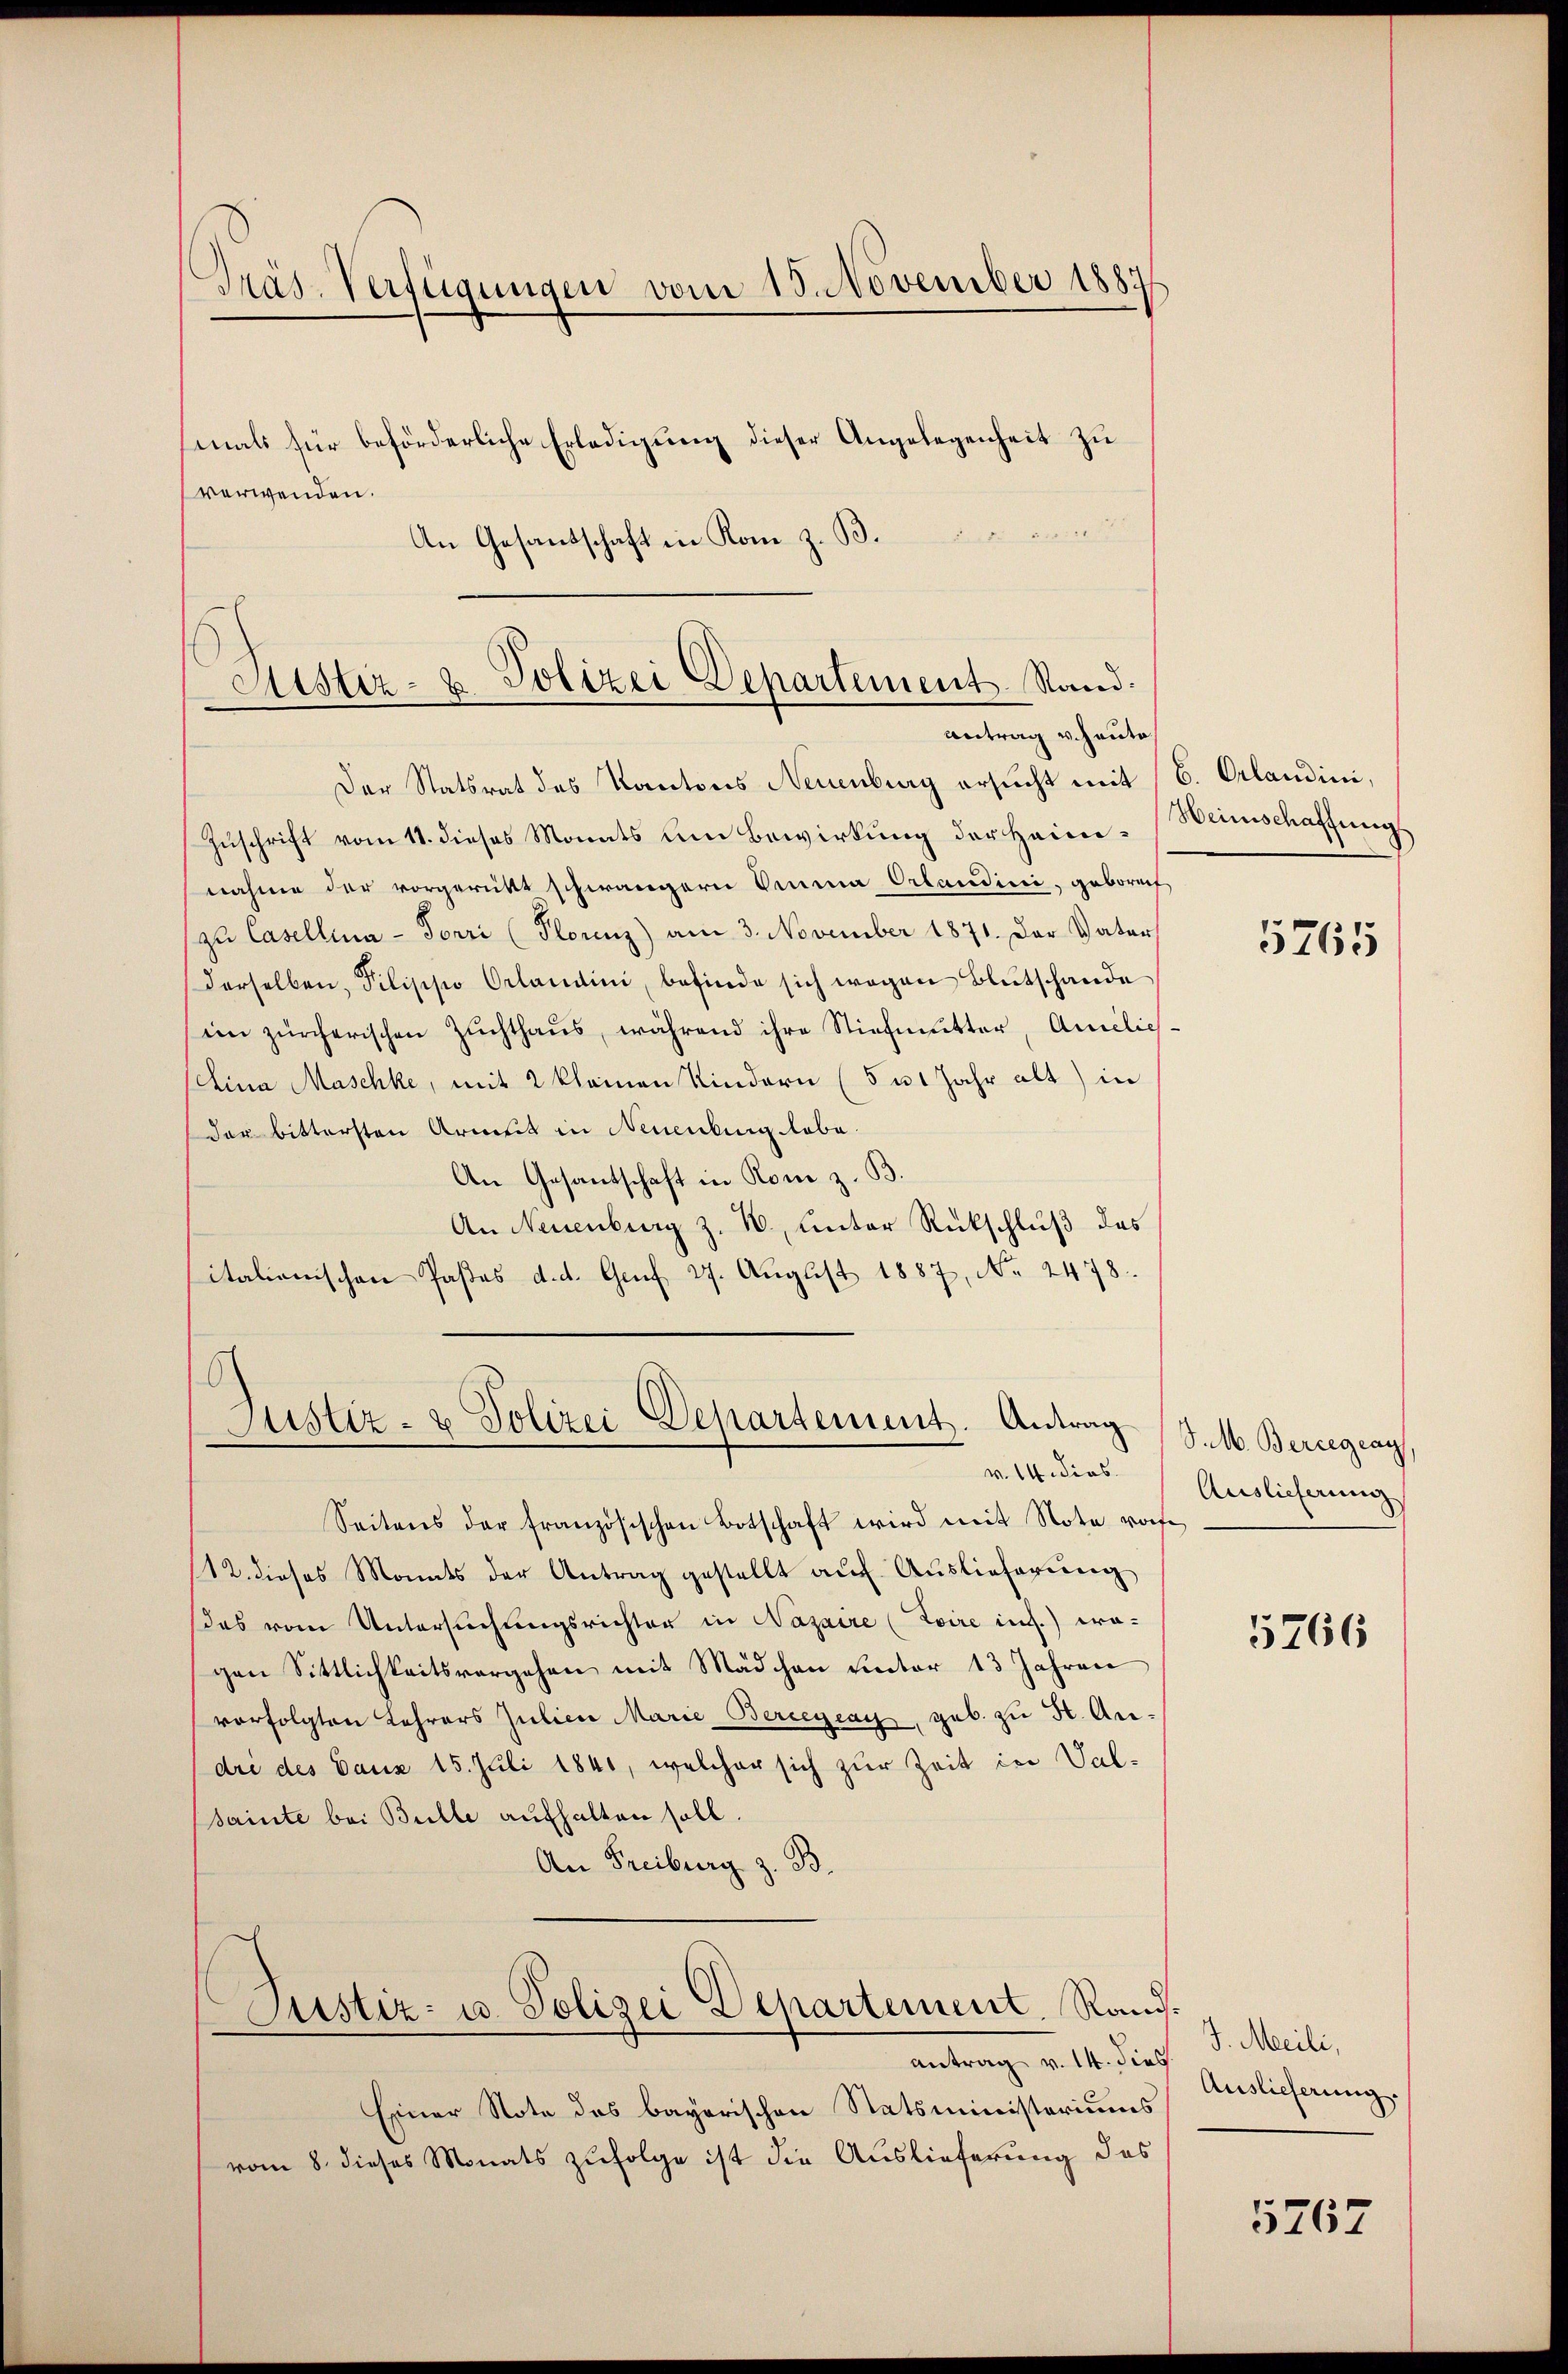
Präs. Verfügungen vom 15. November 1887

mals für beförderliche Erledigung dieser Angelegenheit zu
verwenden.
:
An Gesandschaft in Kom z. B.

Sistiz- & Polizei Departement. Stand.
Antrag v. Hauto

Der Statsrat des Kantons Neuenburg ersucht mit 16. Orlandini,
Zuschrift vom 11. dieses Monats um Bewirkung der Heim-Bamschaffung
nahme der vorgerückt schwängern Omina Orlandici, geboref
zu Casellina - Forri (Plorenz) am 3. November 1871. Der Vater
derselben, Pilippo Orlandini, befinde sich wegen Blutschande
im zürcherischen Zuchthaus, während ihre Stiefmutter, Amelichschina Maschke, mit 2 kleinen Kindern (5 u 1 Jahr alt) in
der bittersten Armet in Neuenburg labe.
An Gesantschaft in Rom z. B.
An Neuenburg z. B., unter Rückschluß des
italienischen Paßes d. d. Genf 27. August 1887, No. 2478.

Justiz- & Polizei-Departement. Antrag
v. 14. dies

Justiz- u. Polizei Departement. Rand¬
.
antrag v. 14. dies

Seitens der französischen Botschaft wird mit Note von
12. dieses Monats der Antrag gestellt auf Auslieferung
das vom Untersuchungsrichter in Nasaire (Zoire ins.) wa-
gen Sittlichkeitsvergehen mit Mädchen unter 13 Jahren
vorfolgten Lehrers Julier Marie Bercegeay, geb. zu St. Andre des Daus 15. Juli 1841, welcher sich zur Zeit in Val-
Bainte bei Bulle aufhalten soll.
An Freiburg z. B.

Einer Note das bayerischen Statsministeriums
vom 8. dieses Monats zufolge ist die Auslieferung des

5765

S. M. Bercegcay,
Auslieferung

5766

J. Meili,
Auslieferung.

5767